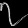
Digit: ၇